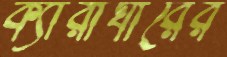
ক্যারাঘারের